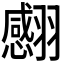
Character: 𦒝